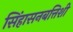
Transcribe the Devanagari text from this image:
सिंहासनबत्तिशी